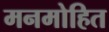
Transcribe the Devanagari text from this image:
मनमोहित